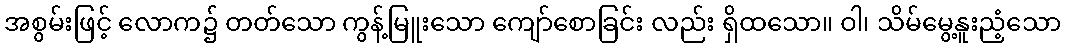
အစွမ်းဖြင့် လောက၌ တတ်သော ကွန့်မြူးသော ကျော်စောခြင်း လည်း ရှိထသော။ ဝါ၊ သိမ်မွေ့နူးညံ့သော